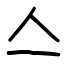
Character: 亼